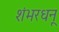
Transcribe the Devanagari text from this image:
शंभरधनू